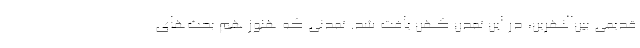
قدیمی بین‌النهرین، در این تمدن کهن یافت شد. تمدنی که هنوز هم بحث‌های